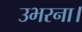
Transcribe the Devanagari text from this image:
उभरना।